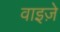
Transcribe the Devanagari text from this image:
वाइज़े